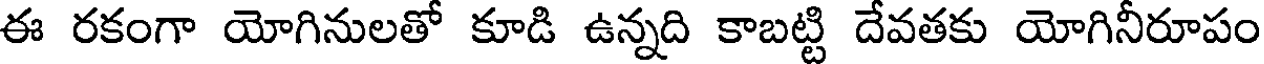
ఈ రకంగా యోగినులతో కూడి ఉన్నది కాబట్టి దేవతకు యోగినీరూపం